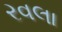
રવલા